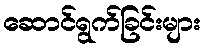
ဆောင်ရွက်ခြင်းများ